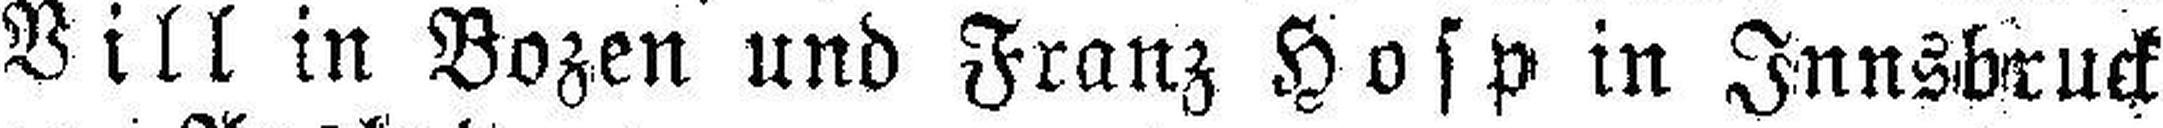
Bill in Bozen und Franz Hosp in Innsbruck